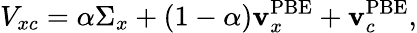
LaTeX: V_{xc}=\alpha\Sigma_{x}+(1-\alpha)\mathbf{v}_{x}^{\mathrm{{PBE}}}+\mathbf{v}_{c}^{\mathrm{{PBE}}},